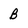
Character: B